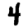
Digit: 4